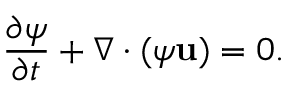
\frac { \partial \psi } { \partial t } + \nabla \cdot ( \psi \mathbf { u } ) = 0 .